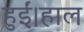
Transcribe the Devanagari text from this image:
हुईं।हाल